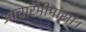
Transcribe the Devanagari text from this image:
आचारमीमांसा।